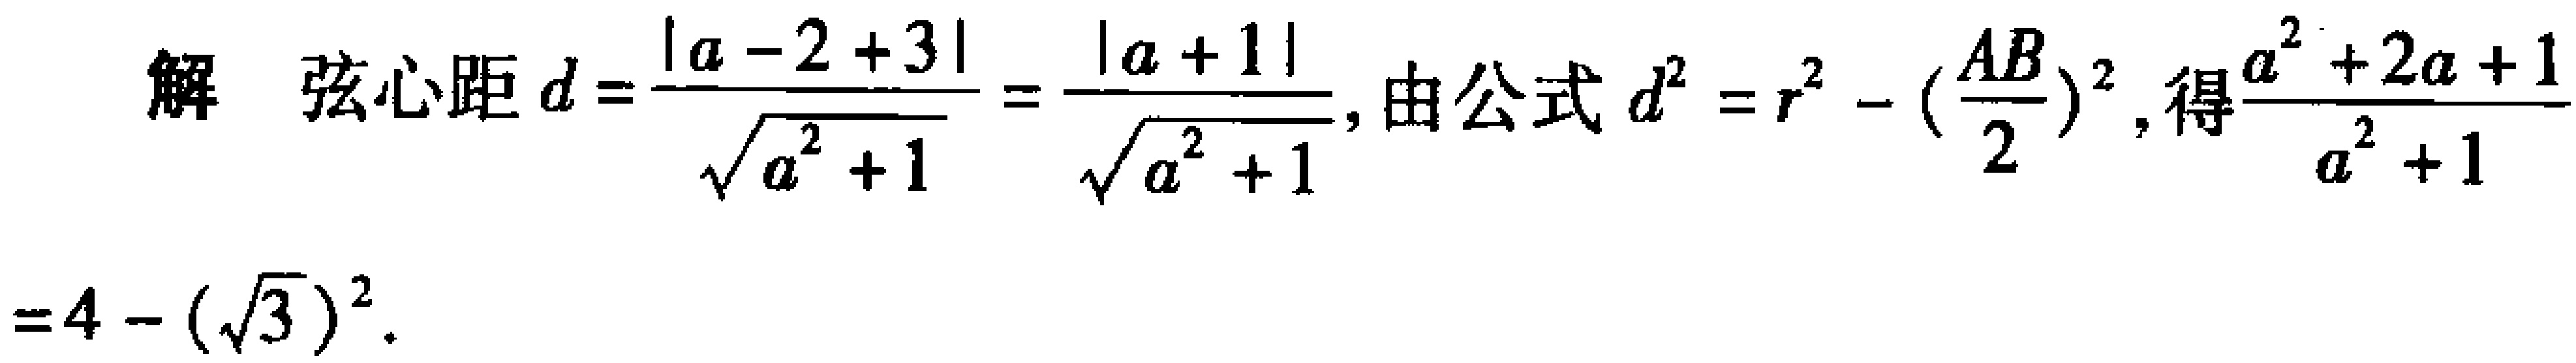
解 弦心距\(d = \frac{|a - 2 + 3|}{\sqrt{a^{2}+1}}=\frac{|a + 1|}{\sqrt{a^{2}+1}}\)，由公式\(d^{2}=r^{2}-(\frac{AB}{2})^{2}\)，得\(\frac{a^{2}+2a + 1}{a^{2}+1}\)
\(=4 - (\sqrt{3})^{2}\)。